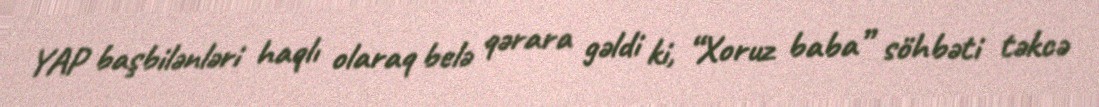
YAP başbilənləri haqlı olaraq belə qərara gəldi ki, “Xoruz baba” söhbəti təkcə